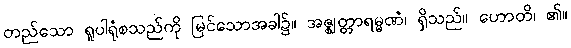
တည်သော ရူပါရုံစသည်ကို မြင်သောအခါ၌။ အဇ္ဈတ္တာရမ္မဏံ၊ ရှိသည်။ ဟောတိ၊ ၏။